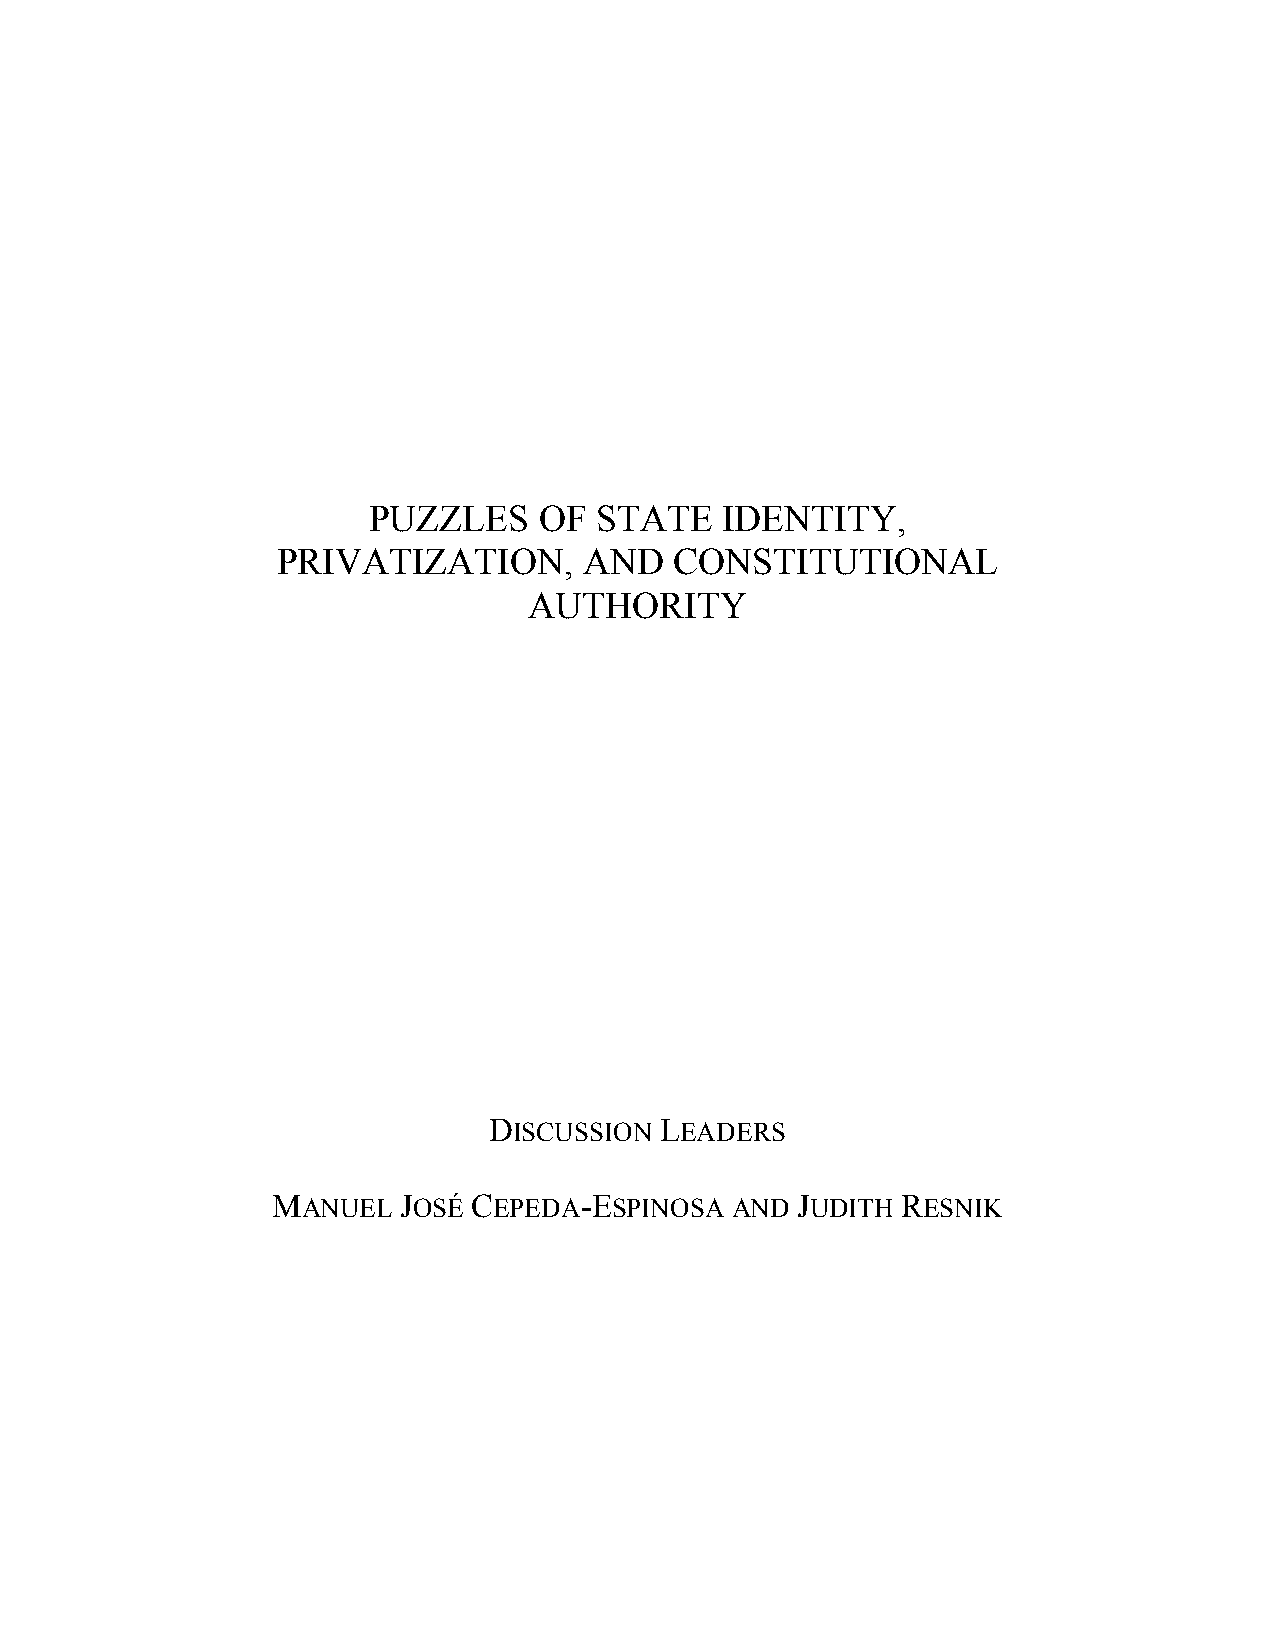
PUZZLES     OF STATE    IDENTITY,
 PRIVATIZATION,       AND   CONSTITUTIONAL
 AUTHORITY
 DISCUSSION  LEADERS
 MANUEL  JOSÉ CEPEDA-ESPINOSA  AND  JUDITH RESNIK